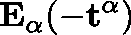
\mathbf { E _ { \alpha } ( - t ^ { \alpha } ) }